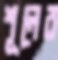
শূলের